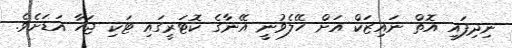
ނިދިފައި އޮތް ނައިޒަކް އަށް ހޭލެވުނީ އޭނާގެ ކޮޓަރީގައި ޓަކި ޖަހާ އަޑަށެވެ.